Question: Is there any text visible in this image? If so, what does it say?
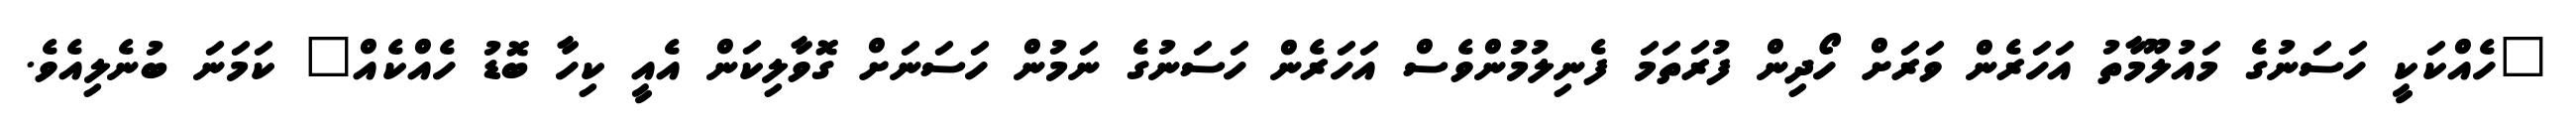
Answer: "ހެއްކަކީ ހަސަނުގެ މައުލޫމާތު އަހަރެން ވަރަށް ހޯދިން ފުރަތަމަ ފެނިލުމުންވެސް އަހަރެން ހަސަނުގެ ނަމުން ހަސަނަށް ގޮވާލިކަން އެއީ ކިހާ ބޮޑު ހެއްކެއް" ކަމަނަ ބުނެލިއެވެ.